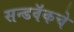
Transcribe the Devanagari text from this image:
सन्डवॅकचे